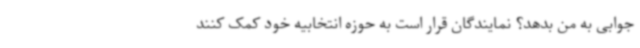
جوابی به من بدهد؟ نمایندگان قرار است به حوزه انتخابیه خود کمک کنند